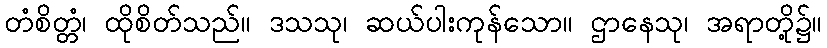
တံစိတ္တံ၊ ထိုစိတ်သည်။ ဒသသု၊ ဆယ်ပါးကုန်သော။ ဌာနေသု၊ အရာတို့၌။